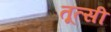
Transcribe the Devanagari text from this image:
तूत्सी